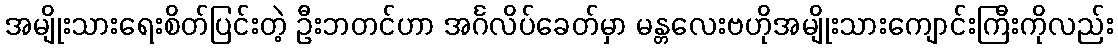
အမျိုးသားရေးစိတ်ပြင်းတဲ့ ဦးဘတင်ဟာ အင်္ဂလိပ်ခေတ်မှာ မန္တလေးဗဟိုအမျိုးသားကျောင်းကြီးကိုလည်း